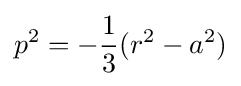
p^{2}=-{\frac {1}{3}}(r^{2}-a^{2})